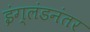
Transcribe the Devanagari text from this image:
इंग्लंडनंतर